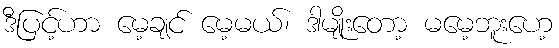
ဒီပြင့်ဟာ မေ့ချင် မေ့မယ်၊ ဒါမျိုးတော့ မမေ့ဘူးဟေ့